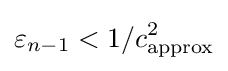
\varepsilon _{n-1}<1/c_{\text{approx}}^{2}